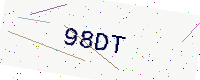
Text: 98DT